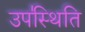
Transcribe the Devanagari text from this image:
उप॑स्थिति